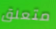
متعلق